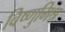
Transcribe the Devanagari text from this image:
विष्णुमिश्र